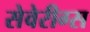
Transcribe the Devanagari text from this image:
सेवेरीग्स